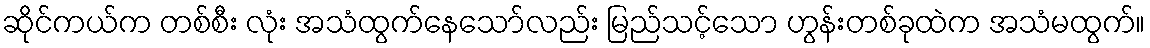
ဆိုင်ကယ်က တစ်စီး လုံး အသံထွက်နေသော်လည်း မြည်သင့်သော ဟွန်းတစ်ခုထဲက အသံမထွက်။